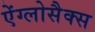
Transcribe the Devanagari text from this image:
ऐंग्लोसैक्स